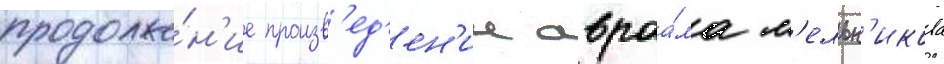
продолже́н'ие произв'ед'ен'ии авраа́ма м'ельн'икова